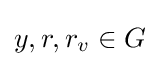
y,r,r_{v}\in G